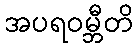
အပရဝမ္ဘီတိ